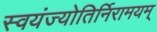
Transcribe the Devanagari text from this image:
स्वयंज्योतिर्निरामयम्